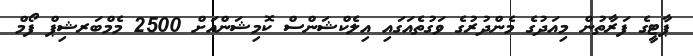
ޕާޓީގެ ފަރާތުން މިއަދުގެ މެންދުރުގެ ވަގުތެއަގައި އިލެކްޝަންސް ކޮމިޝަންއަށް 2500 މެމްބަރޝިޕް ފޯމް